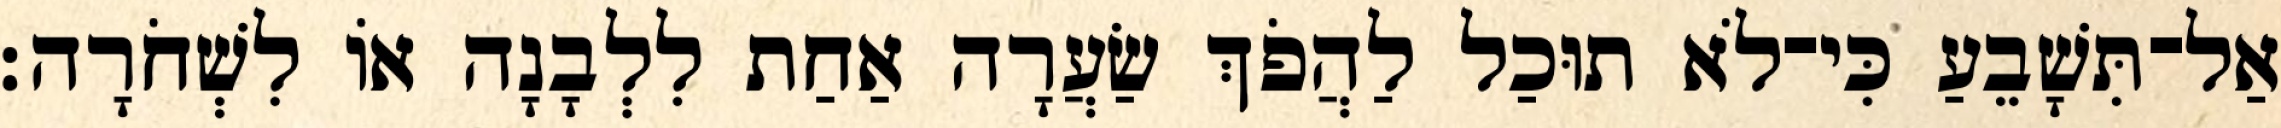
אַל־תִּשָׁבֵעַ כִּי־לֹא תוּכַל לַהֲפֹךְ שַׂעֲרָה אַחַת לִלְבָנָה אוֹ לִשְׁחֹרָה׃